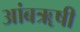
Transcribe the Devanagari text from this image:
आंबॠषी